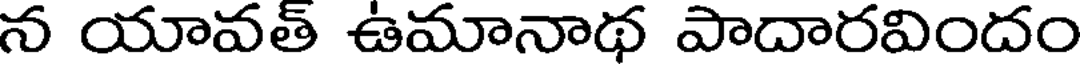
న యావత్ ఉమానాథ పాదారవిందం